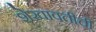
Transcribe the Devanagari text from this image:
शेखावतीची